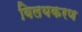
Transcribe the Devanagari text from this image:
विलयकरण